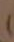
)